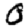
Digit: 0